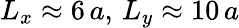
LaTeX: L_{x}\approx 6\, a,\, L_{y}\approx 10\, a